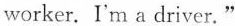
worker. I'm a driver."